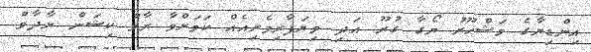
އިންޑިޔާގެ މަޝްހޫރު ޔޯގާ ގުރޫ އަދި ވިޔަފާރިވެރިއެއް ކަމަށްވާ ރާމް ކިޝަން ޔާދާވް